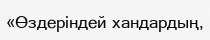
«Өздеріндей хандардың,